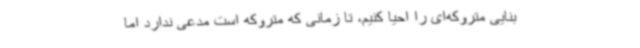
بنایی متروکه‌ای را احیا کنیم، تا زمانی که متروکه است مدعی ندارد اما